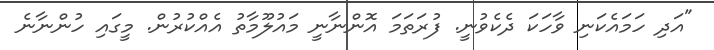
"އަދި ހަމައެކަނި ވާހަކަ ދެކެވުނީ. ފުރަތަމަ އޮންނާނީ މައުލޫމާތު އެއްކުރުން. މީގައި ހުންނާނެ